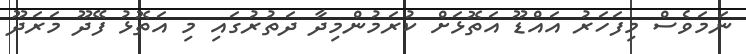
ނަމަވެސް މިފަހަރު އައްޑޫ އަތޮޅަށް ކުރަމުންމިދާ ދަތުރުގައި މި އަތޮޅު ފޭދޫ މަރަދޫ